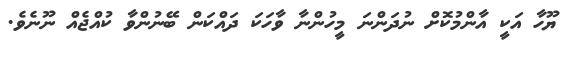
ޔޫހާ އަކީ އާންމުކޮށް ނުދަންނަ މީހުންނާ ވާހަކަ ދައްކަން ބޭނުންވާ ކުއްޖެއް ނޫނެވެ.